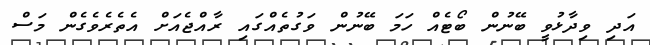
އަދި ވިދާޅުވީ ބޭނުން ބޯޓެއް ހަމަ ބޭނުން ވަގުތެއްގައި ރާއްޖެއަށް އެތެރެވެގެން މަސް